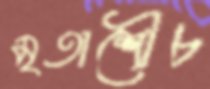
মৃতাশৌচ